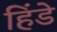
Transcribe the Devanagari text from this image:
हिंडे